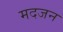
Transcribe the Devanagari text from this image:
मदजन